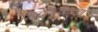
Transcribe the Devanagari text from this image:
सिद्धान्तीकरण